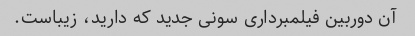
آن دوربین فیلمبرداری سونی جدید که دارید، زیباست.